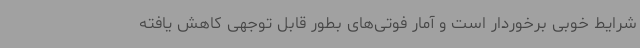
شرایط خوبی برخوردار است و آمار فوتی‌های بطور قابل توجهی کاهش یافته